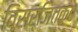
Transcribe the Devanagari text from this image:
विसर्जितकर